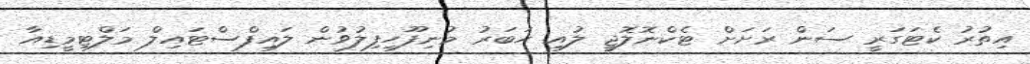
އިތުރު ކެޓަގަރީ ސަން ރަށަށް ޓެކްނޮލޮޖީ ލުއި ހަބަރު މުނިފޫހިފިލުވުން ލައިފްސްޓައިލް މަލްޓިމީޑިއާ